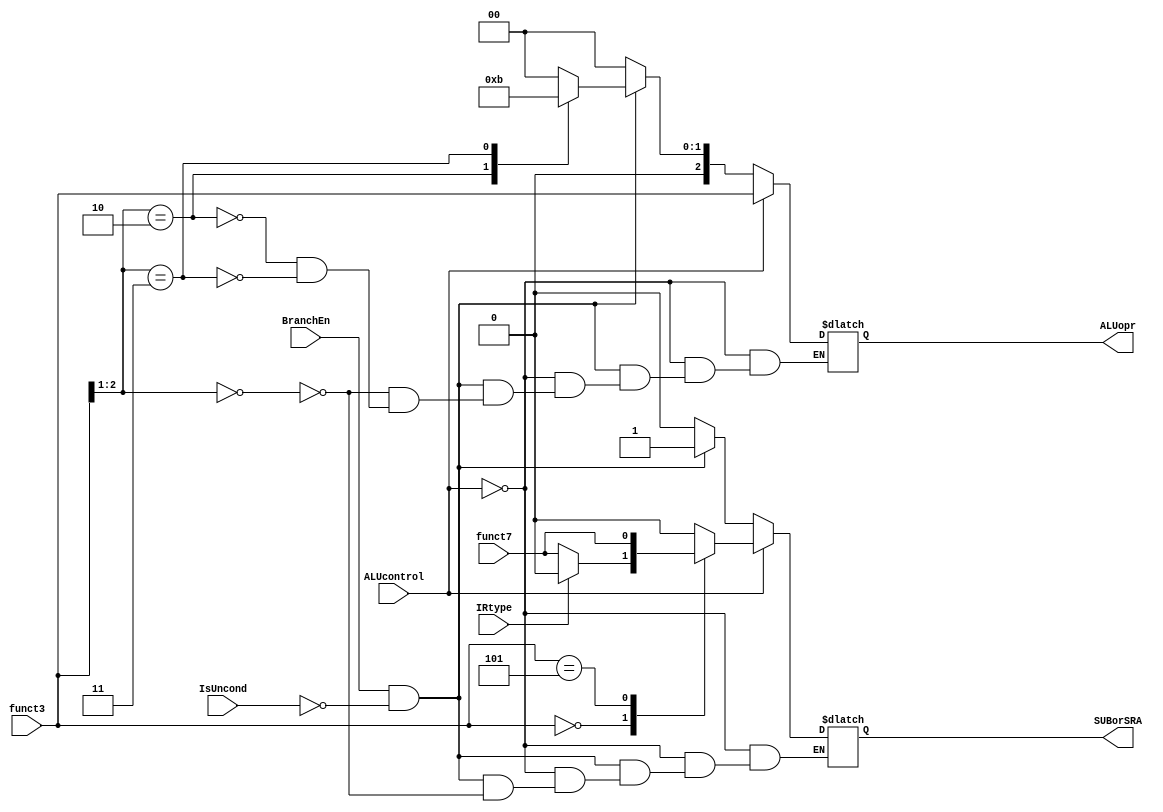
/****************************************************************************
ALU Operation Signal Generator Unit 
-> generates the ALU control signal which specifies the ALU operation 
-> generates the additional control signal to specify SUB and SRA operations 
   when ALU_operation is ADD and SRL respectively 
-> Here, funct7 is 30th bit of R/I-type instructions, and funct3 is used for 
   R, I, and B type instructions. 
****************************************************************************/ 

module ALUopration(ALUcontrol, IRtype, BranchEn, IsUncond, funct7, funct3, ALUopr, SUBorSRA); 
  input [2:0] funct3; 
  input ALUcontrol, IRtype, BranchEn, IsUncond, funct7; 
  output reg[2:0] ALUopr; 
  output reg SUBorSRA; 
  
  always @* begin 
    // ***** R and computational-I type instructions ***** 
    if (ALUcontrol) begin // basic ALU operation is specified in funct3; not default ADD and SUBorSRA = 0 
      ALUopr = funct3; 
      case (ALUopr) 
        // specifing SUB operation 
        (3'b000): begin 
          if (!IRtype) // R-type 
            SUBorSRA = funct7; 
          else         // I-type 
            SUBorSRA = 0; 
        end 
        // specifing SRA operation 
        (3'b101): SUBorSRA = funct7; 
        default SUBorSRA = 0; 
      endcase 
    end 
    
    // ***** B type instructions *****   
    else if (BranchEn && !IsUncond) begin 
      case (funct3[2:1]) 
        (2'b00): begin ALUopr = 3'b000; SUBorSRA = 1; end // BEQ and BNE 
        (2'b10): ALUopr = 3'b010; // BLT and BGE 
        (2'b11): ALUopr = 3'b011; // BLTU and BGEU 
      endcase 
    end 
    
    // ***** all other instructions ***** 
    // -> other instructions all use default ADD and SUBorSRA = 0. 
    else begin 
      ALUopr = 3'b000; SUBorSRA = 0; 
    end 
  end 
endmodule // ALUoperation